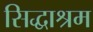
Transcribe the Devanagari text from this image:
सिद्धाश्रम